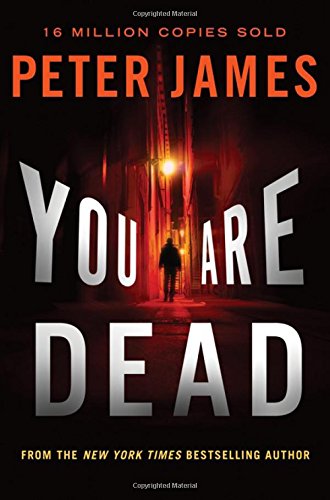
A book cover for You Are Dead (Detective Superintendent Roy Grace); Peter James; Mystery, Thriller & Suspense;